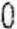
0